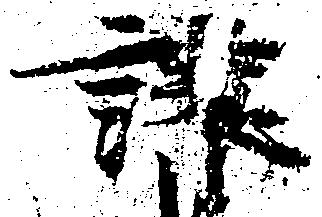
譲